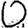
Digit: 0